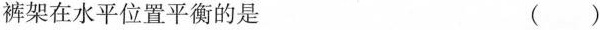
裤架在水平位置平衡的是( )